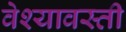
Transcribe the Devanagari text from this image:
वेश्यावस्ती